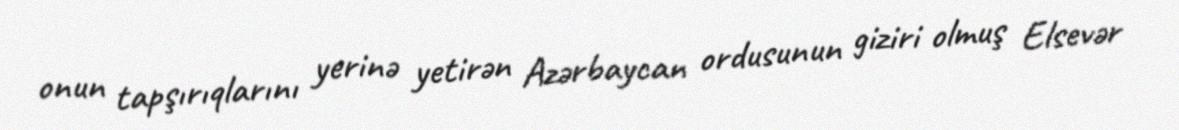
onun tapşırıqlarını yerinə yetirən Azərbaycan ordusunun giziri olmuş Elsevər